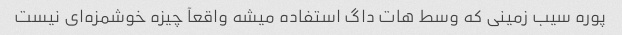
پوره سیب زمینی که وسط هات داگ استفاده میشه واقعآ چیزه خوشمزه‌ای نیست